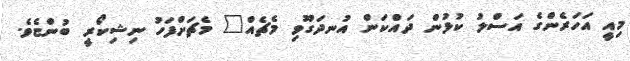
މިއީ އަހަރެންގެ އަސްލު ކުޅުން ދައްކަން އުނދަގޫވި މެޗެއް" މެޗަށްފަހު ނިޝިކޯރީ ބުންޏެވެ.